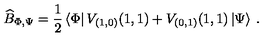
\widehat { B } _ { \Phi , \Psi } = \displaystyle \frac { 1 } { 2 } \left\langle \Phi \right| V _ { ( 1 , 0 ) } ( 1 , 1 ) + V _ { ( 0 , 1 ) } ( 1 , 1 ) \left| \Psi \right\rangle \: .